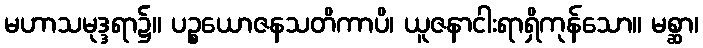
မဟာသမုဒ္ဒရာ၌။ ပဉ္စယောဇနသတိကာပိ၊ ယူဇနာငါးရာရှိကုန်သော။ မစ္ဆာ၊